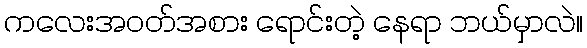
ကလေးအဝတ်အစား ရောင်းတဲ့ နေရာ ဘယ်မှာလဲ။